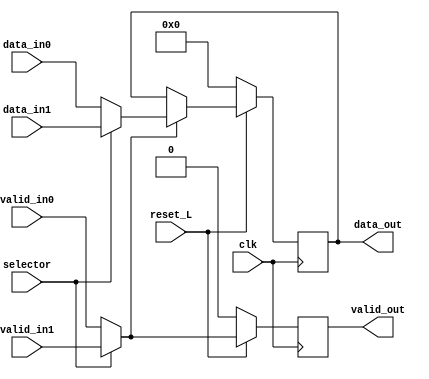
module mux (  
    input clk,
    input reset_L,
    input selector,
    input [5:0] data_in0,
    input valid_in0,
    input [5:0] data_in1,
    input valid_in1,
    output reg valid_out,
    output reg[5:0] data_out
    );

    reg[5:0] data_out_recordar;
    reg valid_in_recordar;

    always @(*) begin
        if (selector == 1) begin
            valid_in_recordar = valid_in1;
            data_out_recordar = data_in1;
        end else begin
            valid_in_recordar = valid_in0;
            data_out_recordar = data_in0;
        end
    end

    always @(posedge clk) begin
        if (reset_L == 1) begin
            valid_out <= valid_in_recordar;

            if(valid_in_recordar == 1) begin
                data_out <= data_out_recordar;     
            end

        end else begin
            data_out <= 0;
            valid_out <= 0;
        end
    end
endmodule